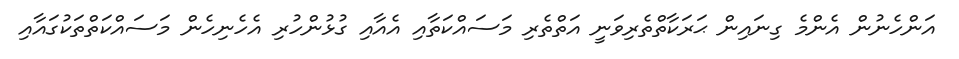
އަންހެނުން އެންމެ ގިނައިން ޙަރަކާތްތެރިވަނީ އަތްތެރި މަސައްކަތާއި އެއާއި ގުޅުންހުރި އެހެނިހެން މަސައްކަތްތަކުގައާއި